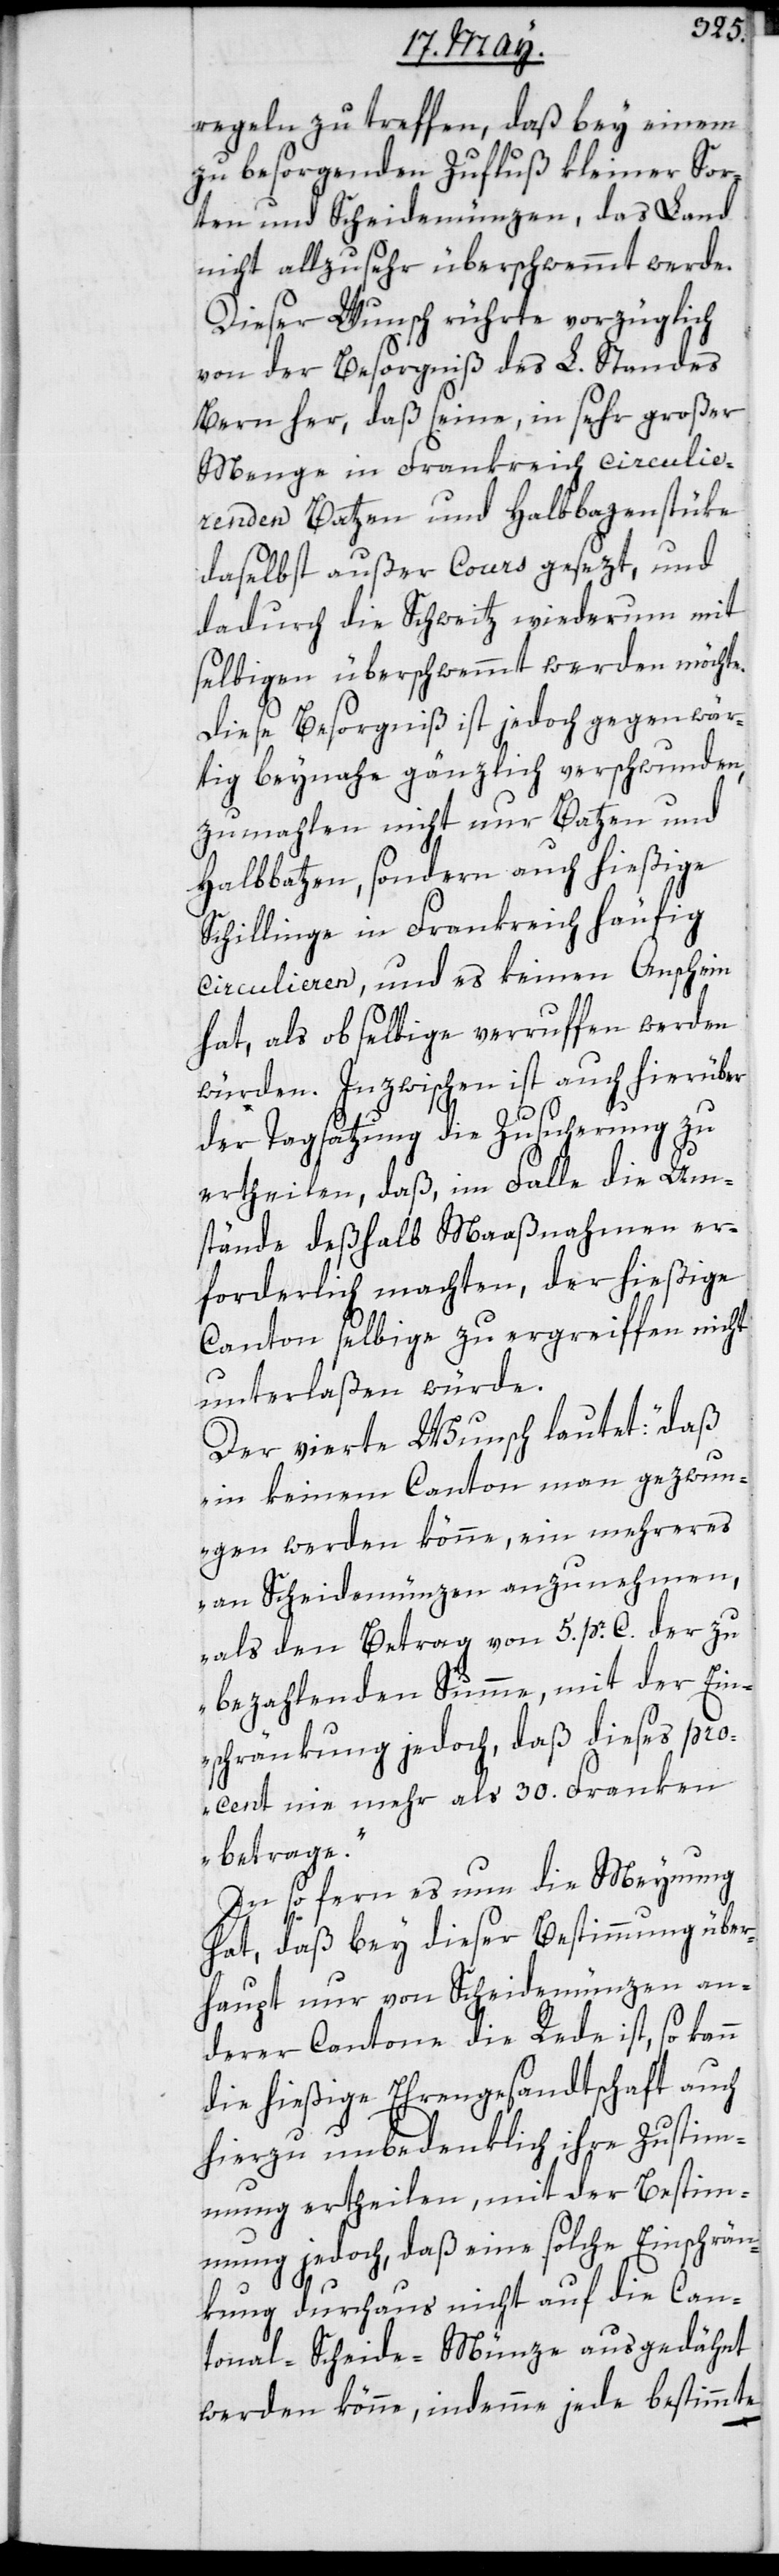
regeln zu treffen, daß bey einem
zu besorgenden Zufluß kleiner Sor¬
ten und Scheidemünzen, das Land
nicht allzu sehr überschwemmt werde.
Dieser Wunsch rührte vorzüglich
von der Besorgnis des L. Standes
Bern her, daß seine, in sehr großer
Menge in Frankreich circuli¬
erenden Batzen und Halbbazenstüke
daselbst außer Cours gesezt, und
dadurch die Schweitz wiederum mit
selbigen überschwemmt werden möchte.
Diese Besorgniß ist jedoch gegenwär¬
tig beynahe gänzlich verschwunden,
zumahlen nicht nur Batzen und
Halbbatzen, sondern auch hießige
Schillinge in Frankreich häufig
circulieren, und es keinen Anschein
hat, als ob selbige verruffen werden
würden. Inzwischen ist auch hierüber
der Tagsatzung die Zusicherung zu
ertheilen, daß, im Falle die Um¬
stände deshalb Maaßnahmen er¬
forderlich machten, der hießige
Canton selbige zu ergreiffen nicht
unterlaßen würde.
Der vierte Wunsch lautet: „Daß
in keinem Canton man gezwun¬
gen werden könne, ein mehreres
an Scheidemünzen anzunehmen,
als den Betrag von 5. pr. C. der zu
bezahlenden Summe, mit der Ein¬
schränkung jedoch, daß dieses Pro¬
cent nie mehr als 30. Franken
betrage“.
Insofern es nun die Meynung
hat, daß bey dieser Bestimmung über¬
haupt nur von Scheidemünzen an¬
derer Cantone die Rede ist, so kann
die hießige Ehrengesandtschaft auch
hierzu unbedenklich ihre Zustim¬
mung ertheilen, mit der Bestim¬
mung jedoch, daß eine solche Einschrän¬
kung durchaus nicht auf die Can¬
tonal-Scheide-Münze ausgedähnt
werden könne, indemme jede bestimmte